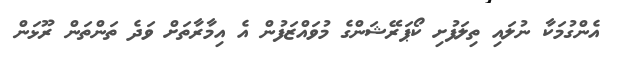
އެންގުމަކާ ނުލައި ތިލަފުށި ކޯޕަރޭޝަންގެ މުވައްޒަފުން އެ އިމާރާތަށް ވަދެ ތަންތަން ރޫޅަން